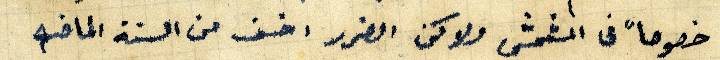
خصوصاً في المشمش ولاكن الضرر اخف من السنة الماضيه